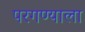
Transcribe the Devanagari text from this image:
परगण्याला